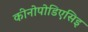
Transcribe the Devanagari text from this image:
कीनोपोडिएसिइ